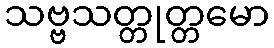
သဗ္ဗသတ္တုတ္တမော